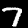
Digit: 7